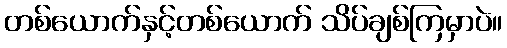
တစ်ယောက်နှင့်တစ်ယောက် သိပ်ချစ်ကြမှာပဲ။